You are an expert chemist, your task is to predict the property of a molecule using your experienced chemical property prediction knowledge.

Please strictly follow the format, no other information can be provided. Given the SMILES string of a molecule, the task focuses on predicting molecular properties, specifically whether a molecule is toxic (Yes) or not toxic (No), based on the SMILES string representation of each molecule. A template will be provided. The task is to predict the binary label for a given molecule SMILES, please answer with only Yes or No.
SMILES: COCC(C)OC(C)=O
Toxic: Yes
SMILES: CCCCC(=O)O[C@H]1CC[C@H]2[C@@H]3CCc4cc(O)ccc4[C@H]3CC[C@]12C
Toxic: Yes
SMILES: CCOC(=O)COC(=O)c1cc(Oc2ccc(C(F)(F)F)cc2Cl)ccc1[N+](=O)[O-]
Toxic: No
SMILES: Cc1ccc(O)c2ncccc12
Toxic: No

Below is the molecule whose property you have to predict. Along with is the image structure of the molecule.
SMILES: COc1ccc2c3c1O[C@H]1C[C@@H](O)C=C[C@@]31CCN(C)C2
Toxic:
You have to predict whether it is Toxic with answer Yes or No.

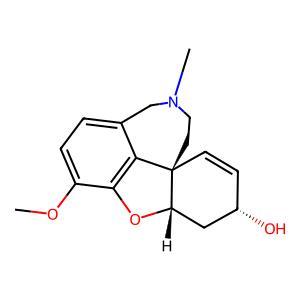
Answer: No